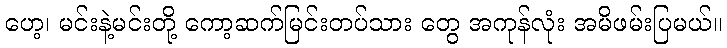
ဟေ့၊ မင်းနဲ့မင်းတို့ ကော့ဆက်မြင်းတပ်သား တွေ အကုန်လုံး အမိဖမ်းပြမယ်။